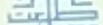
طلعت